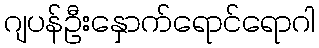
ဂျပန်ဦးနှောက်ရောင်ရောဂါ